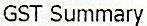
GST SUMMARY